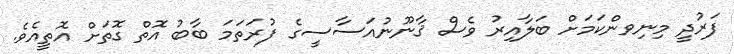
ފަރުދީ މިނިވންކަމަށް ބަލާއިރު ވެސް ޤާނޫނުއަސާސީގެ ފުރަތަމަ ބާބު އޮތް ގޮތަށް އޮތީއެވެ.